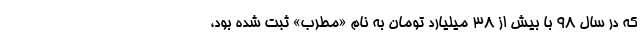
که در سال ۹۸ با بیش از ۳۸ میلیارد تومان به نام «مطرب» ثبت شده بود،